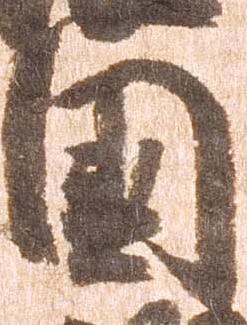
国